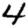
Digit: 4